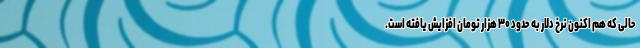
حالی که هم اکنون نرخ دلار به حدود ۳۰ هزار تومان افزایش یافته است.